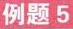
例题5